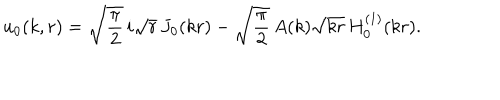
u _ { 0 } ( k , r ) = \sqrt { { \displaystyle { \frac { \pi } { 2 } } } } \, i \sqrt { r } \, J _ { 0 } ( k r ) - \sqrt { { \displaystyle { \frac { \pi } { 2 } } } } \, A ( k ) \sqrt { k r } \, H _ { 0 } ^ { ( 1 ) } ( k r ) .